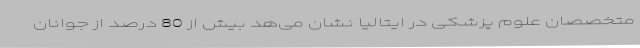
متخصصان علوم پزشکی در ایتالیا نشان می‌هد بیش از 80 درصد از جوانان